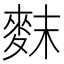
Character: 䴲